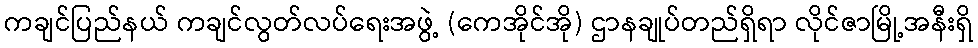
ကချင်ပြည်နယ် ကချင်လွတ်လပ်ရေးအဖွဲ့ (ကေအိုင်အို) ဌာနချုပ်တည်ရှိရာ လိုင်ဇာမြို့အနီးရှိ